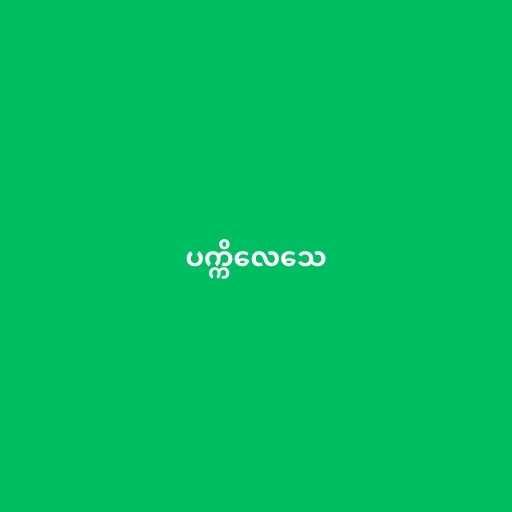
ပက္ကိလေသေ